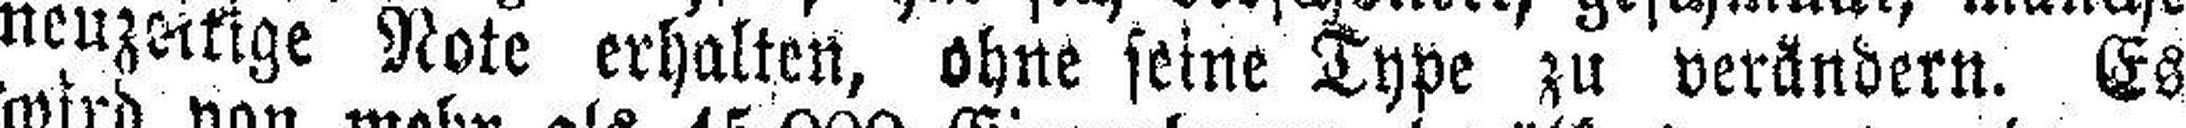
neuzeitige Rote erhalten, ohne seine Type zu verändern. Es